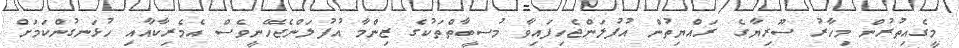
މީގެއިތުރުން މިހާރު ސޫރިޔާގެ ރައްޔިތުން އުފުލަންޖެހިފައިވާ މުސީބާތްތަކުގެ ޒިންމާ އުފުލަންޖެހޭނީވެސް އެމެރިކާއާއި ހުޅަނގުންކަމަށް